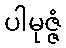
ပါမုဇ္ဇံ